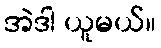
အဲဒါ ယူမယ်။